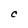
Character: c